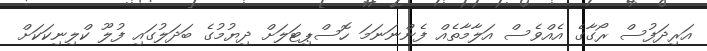
އަރިދަފުސް ރޯގާގެ އެއްވެސް އަލާމާތެއް ފެންނަނަމަ ހޮސްޕިޓަލަށް ދިޔުމުގެ ބަދަލުގައި ފުލޫ ކްލިނިކަކަށް